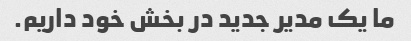
ما یک مدیر جدید در بخش خود داریم.